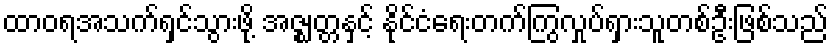
ထာဝရအသက်ရှင်သွားဖို့ အဇ္ဈတ္တနှင့် နိုင်ငံရေးတက်ကြွလှုပ်ရှားသူတစ်ဦးဖြစ်သည်